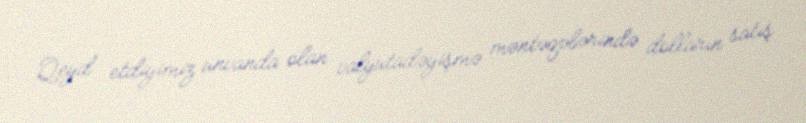
Qeyd etdiyimiz ünvanda olan valyutadəyişmə məntəqələrində dolların satış